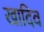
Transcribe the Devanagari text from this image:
खादिव